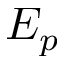
E _ { p }